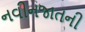
નવીનજાતની